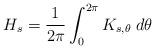
LaTeX: \begin{align*}H_s=\frac{1}{2\pi}\int_0^{2\pi}K_{s,\theta}\;d\theta\end{align*}